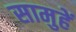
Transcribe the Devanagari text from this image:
सामुहें